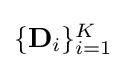
{\textstyle \{\mathbf {D} _{i}\}_{i=1}^{K}}